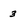
Character: 3